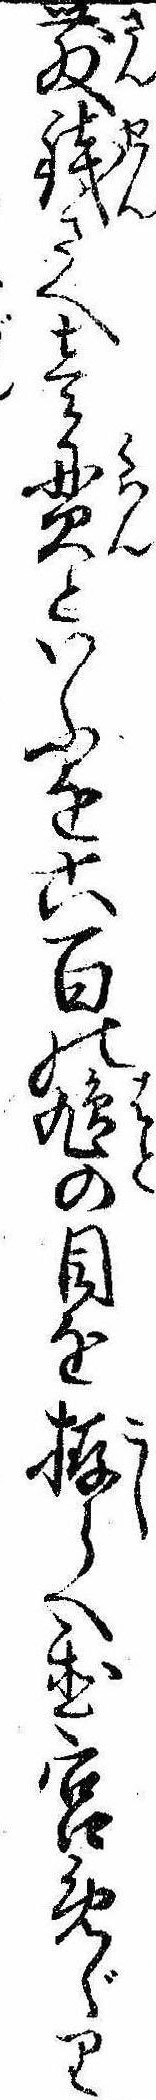
散銭さへ壱貫といふを六百の鳩の目を拵らへ置宮めぐり